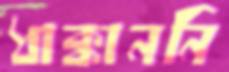
ধাক্কাননি